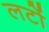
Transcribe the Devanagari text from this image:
लटों